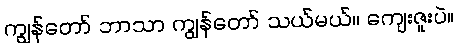
ကျွန်တော် ဘာသာ ကျွန်တော် သယ်မယ်။ ကျေးဇူးပဲ။